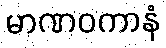
မာဏဝကာနံ